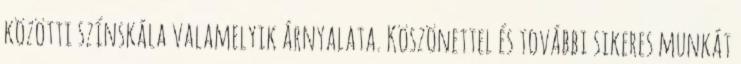
közötti színskála valamelyik árnyalata. Köszönettel és további sikeres munkát